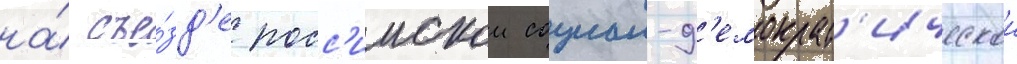
на́ съе́зд'е росс'иискои социал-д'емократ'ическои